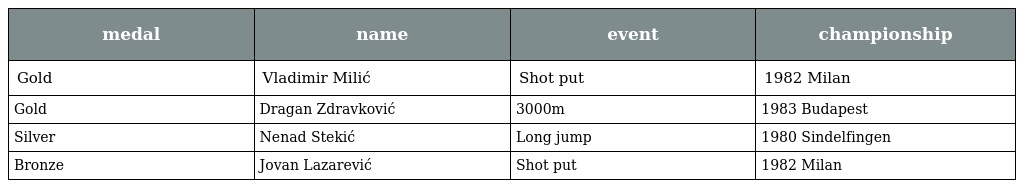
| medal | name | event | championship |
 | --- | --- | --- | --- |
 | Gold | Vladimir Milić | Shot put | 1982 Milan |
 | Gold | Dragan Zdravković | 3000m | 1983 Budapest |
 | Silver | Nenad Stekić | Long jump | 1980 Sindelfingen |
 | Bronze | Jovan Lazarević | Shot put | 1982 Milan |